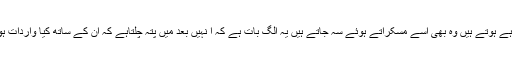
اورخوبی یہ کہ جن پر وہ ضرب لگارہے ہوتے ہیں وہ بھی اُسے مسکراتے ہوئے سہ جاتے ہیں یہ الگ بات ہے کہ ا نہیں بعد میں پتہ چلتاہے کہ اُن کے ساتھ کیا واردات ہوگئی ہے اور کس کا ہاتھ لگ گیا ہے۔